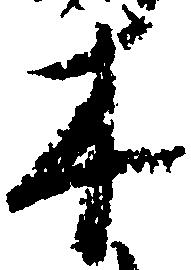
木